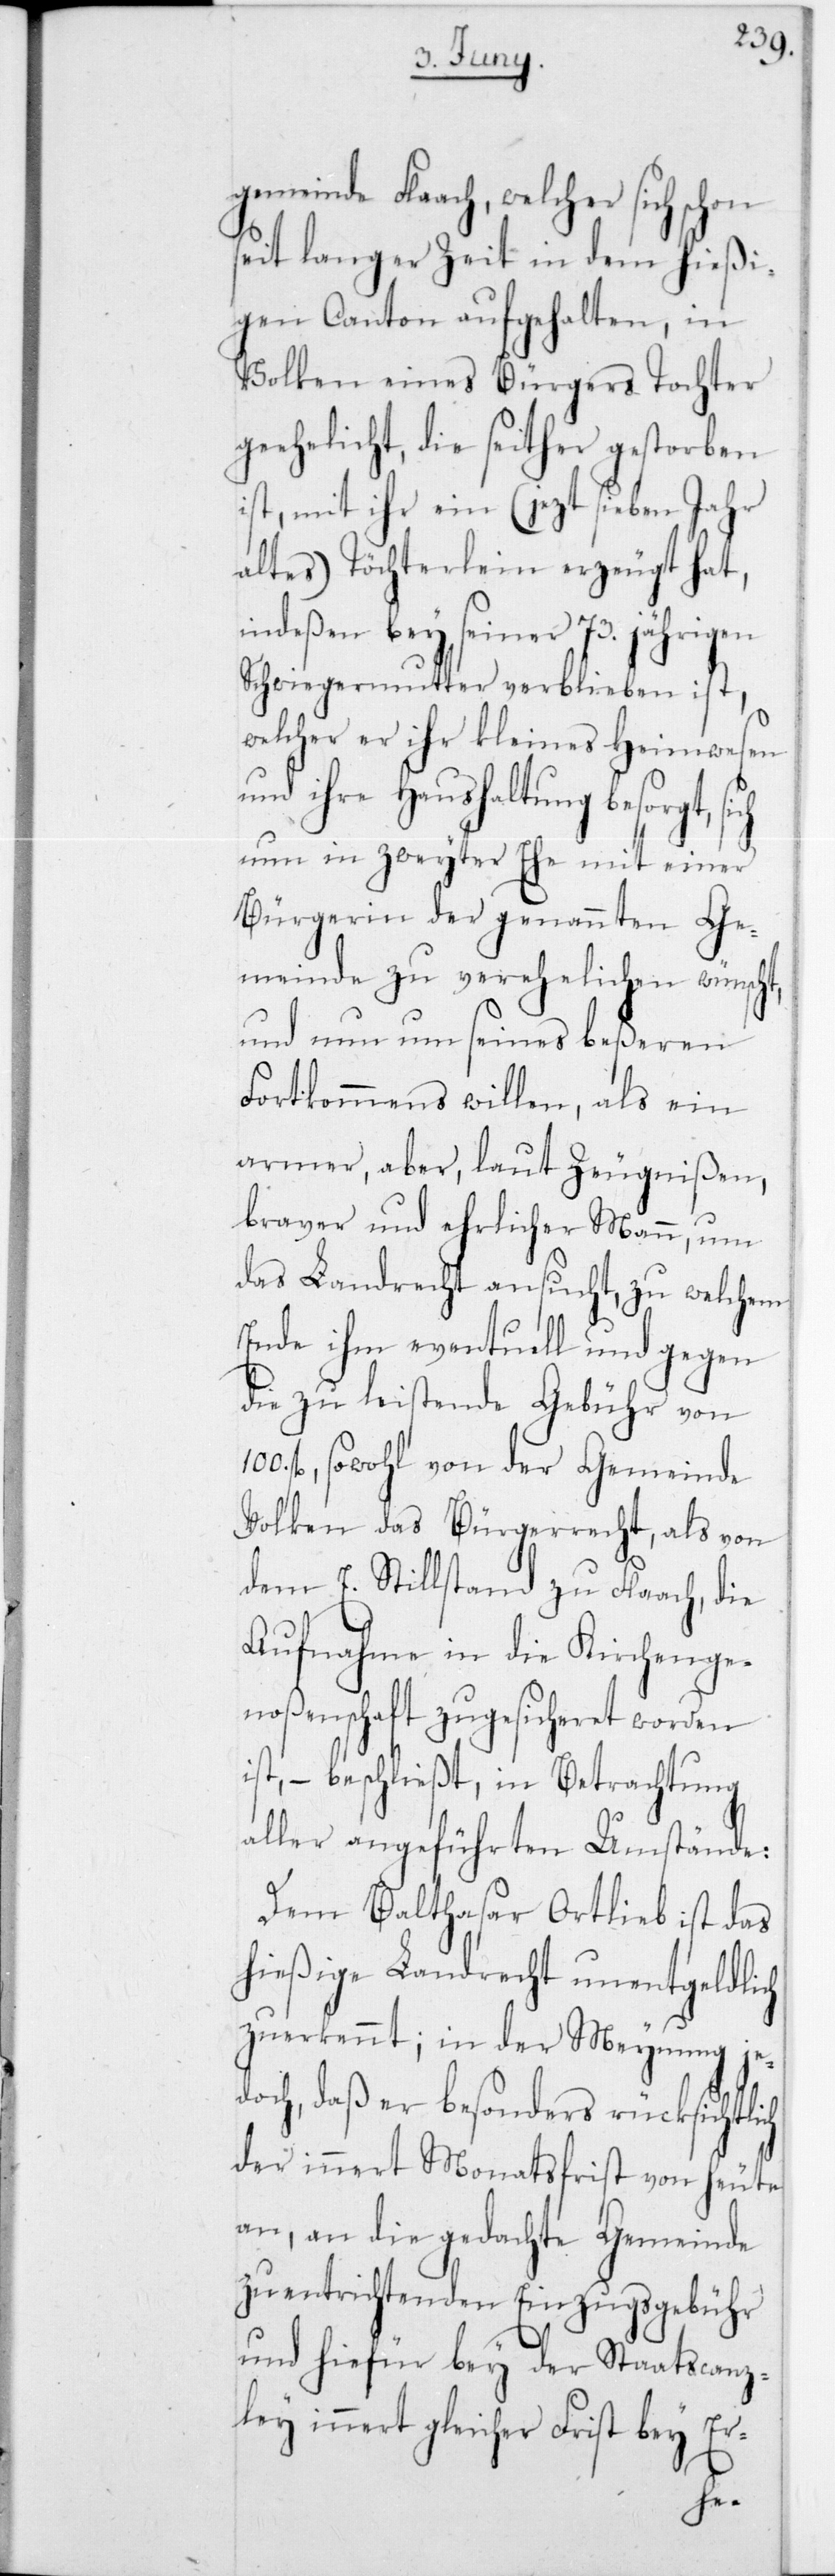
gemeinde Flaach, welcher sich schon
seit langer Zeit in dem hießi¬
gen Canton aufgehalten, in
Volken eines Bürgers Tochter
geehelicht, die seither gestorben
ist, mit ihr ein (jezt sieben Jahr
altes) Töchterlein erzeugt hat,
indeßen bey seiner 73 jährigen
Schwiegermutter verblieben ist,
welcher er ihr kleines Heimwesen
und ihre Haushaltung besorgt,
nun in zweyter Ehe mit einer
Bürgerin der genannten Ge¬
meinde zu verehelichen wünscht,
und nun um seines beßeren
Fortkommens willen, als ein
armer, aber, laut Zeugnißen,
braver und ehrlicher Mann, um
das Landrecht ansucht, zu welchem
Ende ihm eventuell und gegen
die zu leistende Gebühr von
fl., sowohl von der Gemeinde
Volken das Bürgerrecht, als von
dem E. Stillstand zu Flaach, die
Aufnahme in die Kirchenge¬
noßenschaft zugesicheret worden
aller angeführten Umstände:
Dem Balthasar Ortlieb ist das
hießige Landrecht unentgeldlich
zuerkannt, in der Meynung je¬
doch, daß er besonders rücksichtlich
der innert Monatsfrist von heut¬
e an, die gedachte Gemeinde
zu entrichtende Einzugsgebühr
und hiefür bey der Staatscanz¬
ley innert gleicher Frist bey Er-